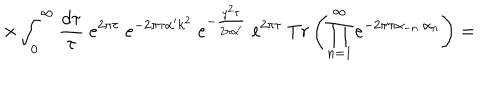
\times \int _ { 0 } ^ { \infty } \frac { d \tau } { \tau } ~ e ^ { 2 \pi \tau } ~ e ^ { - 2 \pi \tau \alpha ^ { \prime } k ^ { 2 } } ~ e ^ { - \frac { y ^ { 2 } \tau } { 2 \pi \alpha ^ { \prime } } } ~ \mathrm { e } ^ { 2 \pi \tau } ~ T r \left( \prod _ { n = 1 } ^ { \infty } e ^ { - 2 \pi \tau \alpha _ { - n } \cdot \alpha _ { n } } \right) =